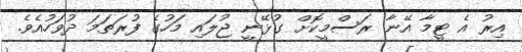
އިރު އެ ޓީމާ އޭނާ ރަސްމީކޮށް ގުޅޭނީ ޖުލައި މަހުގެ ފުރަތަމަ ދުވަހުއެވެ.